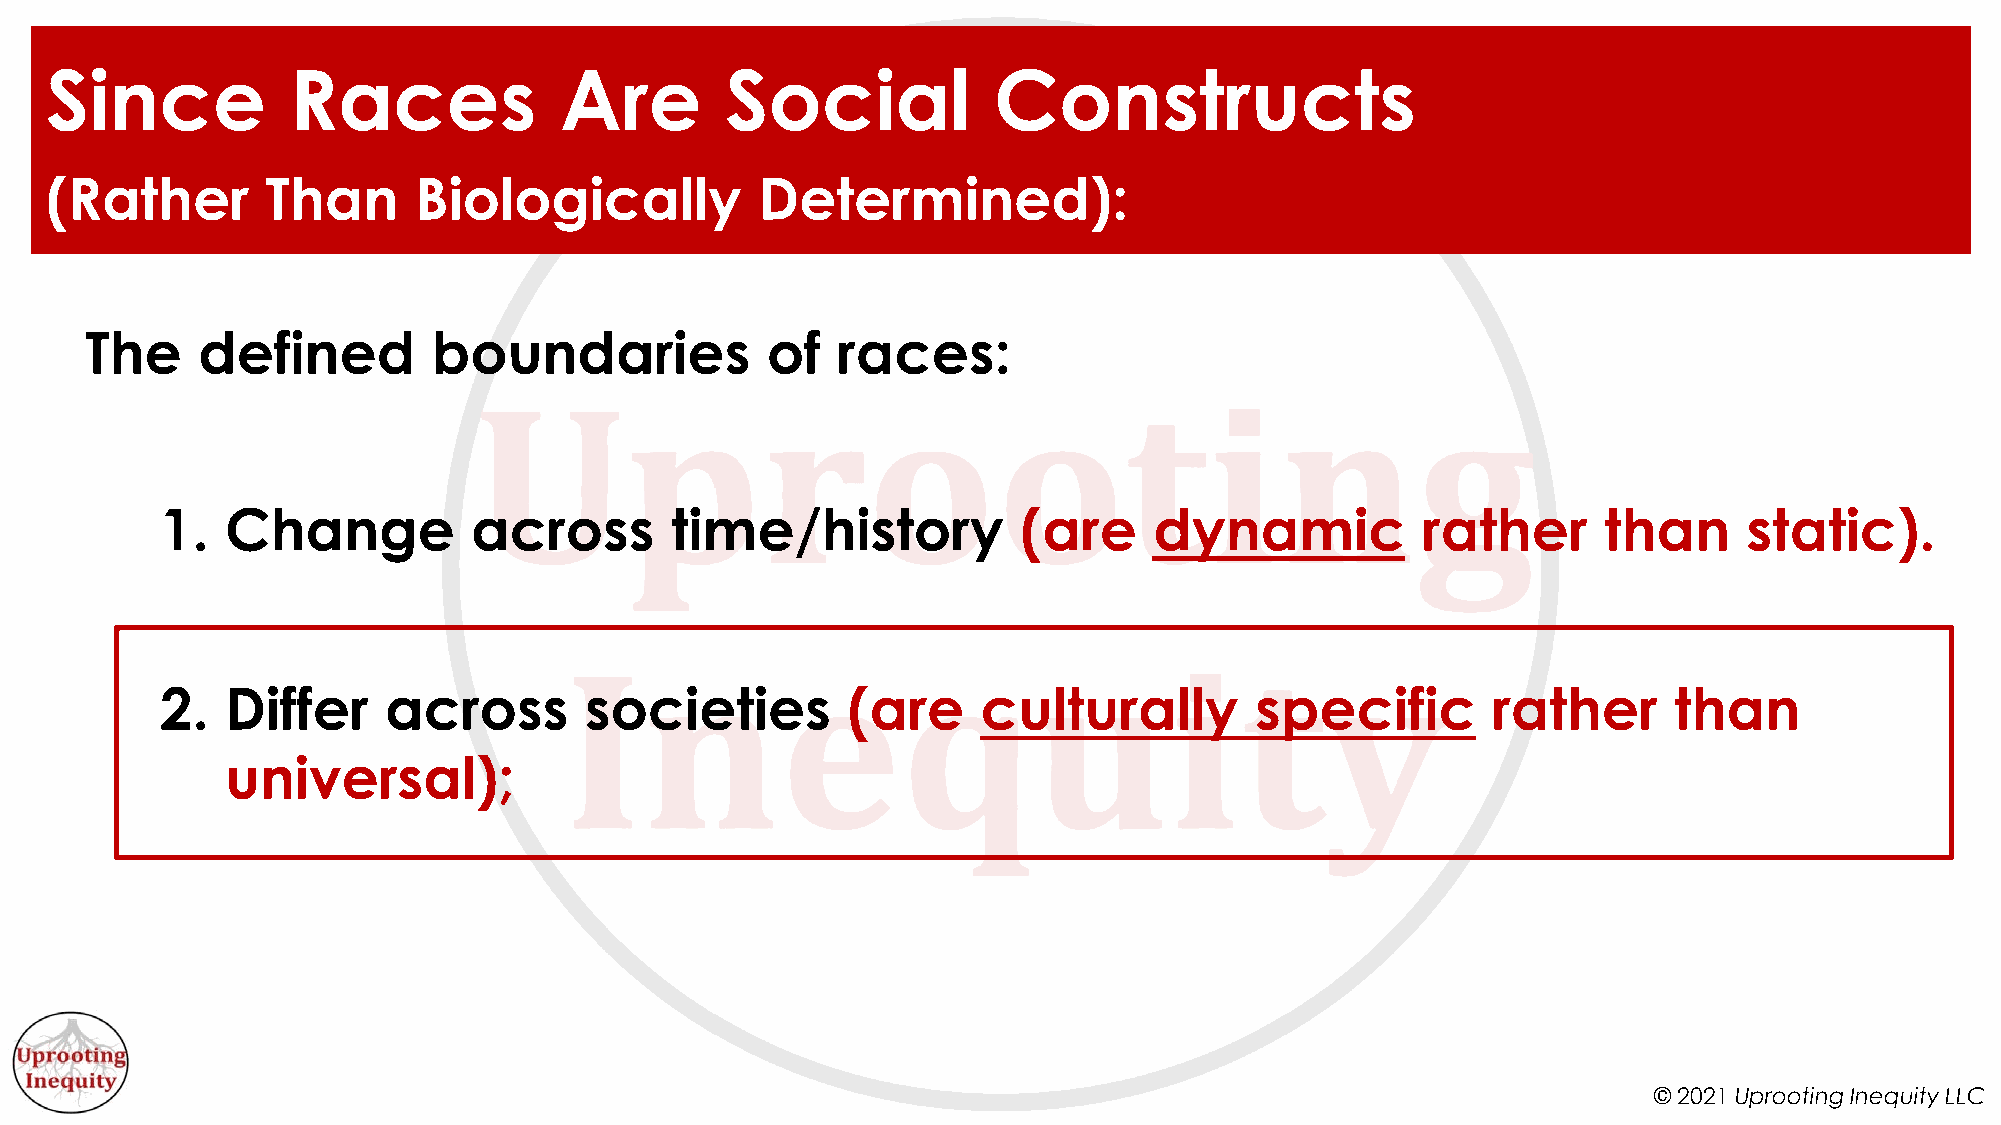
Since           Races             Are        Social            Constructs
 (Rather        Than     Biologically           Determined):
 The    defined         boundaries            of  races:
 1.  Change          across       time/history            (are    dynamic           rather      than      static).
 2.  Differ    across        societies        (are     culturally        specific        rather      than
 universal);
 © 2021 Uprooting Inequity LLC